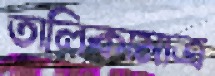
তালিকামাত্র